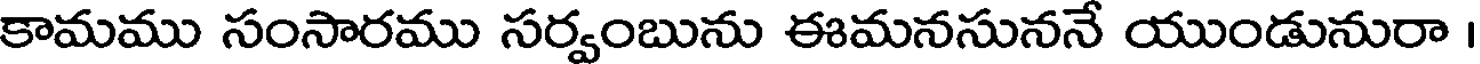
కామము సంసారము సర్వంబును ఈమనసుననే యుండునురా